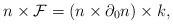
\begin{align*}n\times {\cal F}=(n\times\partial_0 n)\times k,\end{align*}